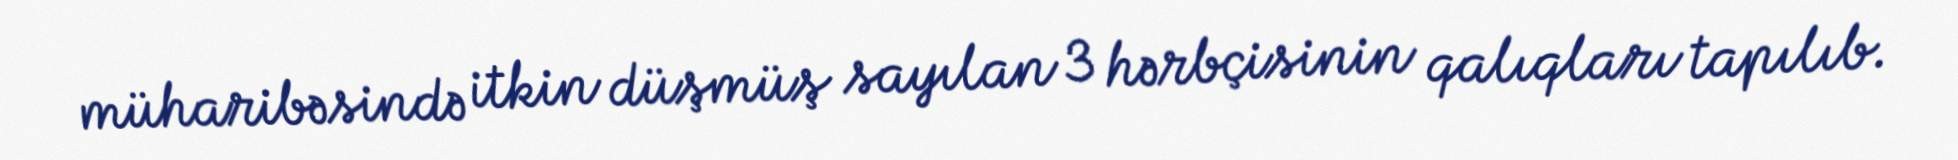
müharibəsində itkin düşmüş sayılan 3 hərbçisinin qalıqları tapılıb.